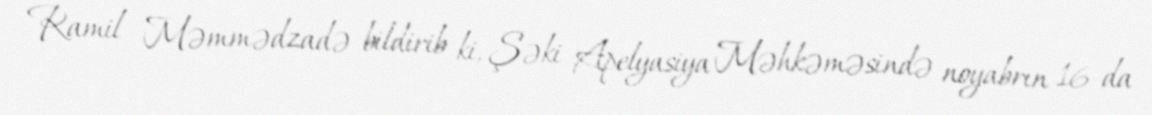
Ramil Məmmədzadə bildirib ki, Şəki Apelyasiya Məhkəməsində noyabrın 16-da